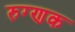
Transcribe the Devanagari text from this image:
रुग्णक